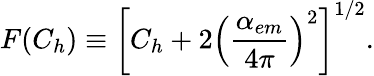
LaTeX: F(C_{h})\equiv\left[C_{h}+2\left(\frac{\alpha_{em}}{4\pi}\right)^{2}\right]^{1/2}.